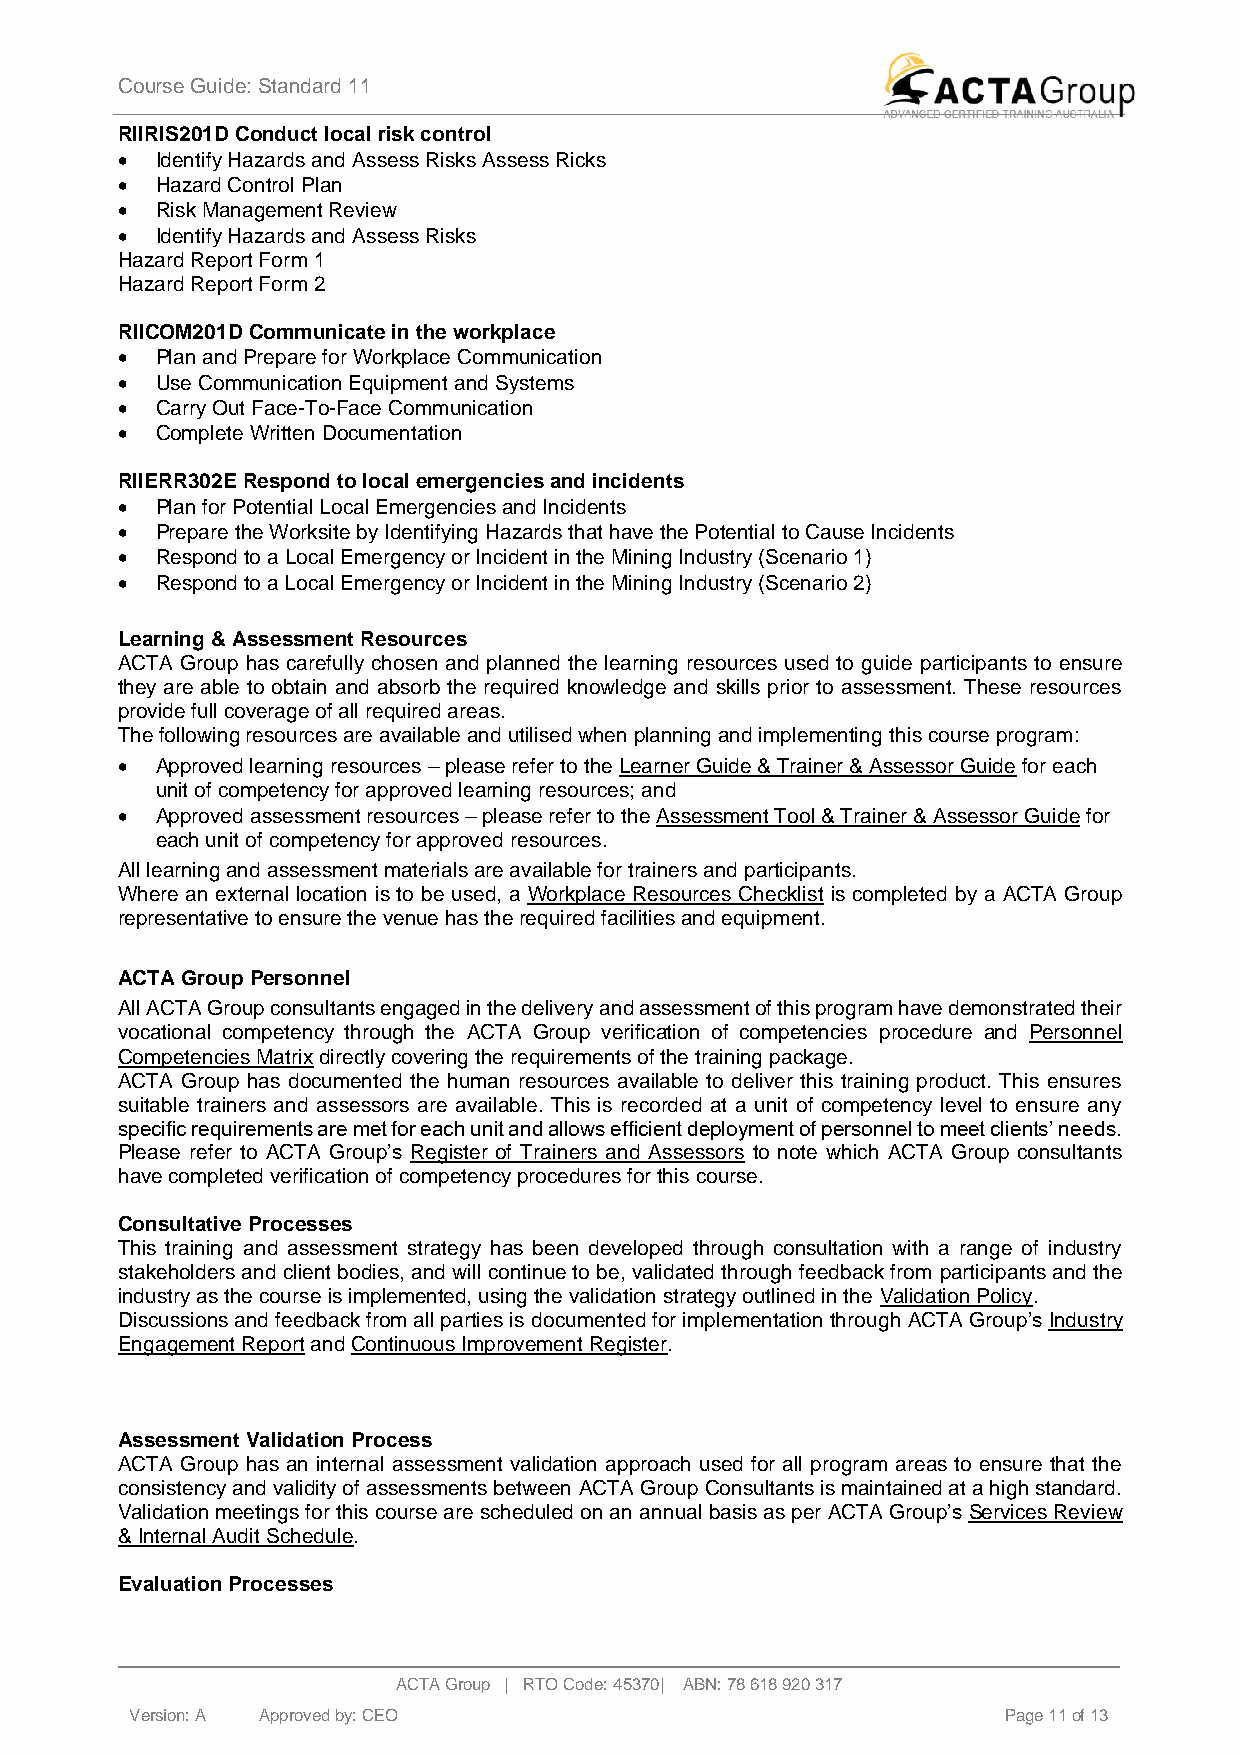
Course Guide: Standard 11
 RIIRIS201D Conduct local risk control
 • Identify Hazards and Assess Risks Assess Ricks
 • Hazard Control Plan
 • Risk Management Review
 • Identify Hazards and Assess Risks
 Hazard Report Form 1
 Hazard Report Form 2
 RIICOM201D Communicate in the workplace
 • Plan and Prepare for Workplace Communication
 • Use Communication Equipment and Systems
 • Carry Out Face-To-Face Communication
 • Complete Written Documentation
 RIIERR302E Respond to local emergencies and incidents
 • Plan for Potential Local Emergencies and Incidents
 • Prepare the Worksite by Identifying Hazards that have the Potential to Cause Incidents
 • Respond to a Local Emergency or Incident in the Mining Industry (Scenario 1)
 • Respond to a Local Emergency or Incident in the Mining Industry (Scenario 2)
 Learning & Assessment Resources
 ACTA Group has carefully chosen and planned the learning resources used to guide participants to ensure
 they are able to obtain and absorb the required knowledge and skills prior to assessment. These resources
 provide full coverage of all required areas.
 The following resources are available and utilised when planning and implementing this course program:
 • Approved learning resources – please refer to the Learner Guide & Trainer & Assessor Guide for each
 unit of competency for approved learning resources; and
 • Approved assessment resources – please refer to the Assessment Tool & Trainer & Assessor Guide for
 each unit of competency for approved resources.
 All learning and assessment materials are available for trainers and participants.
 Where an external location is to be used, a Workplace Resources Checklist is completed by a ACTA Group
 representative to ensure the venue has the required facilities and equipment.
 ACTA Group Personnel
 All ACTA Group consultants engaged in the delivery and assessment of this program have demonstrated their
 vocational competency through the ACTA Group verification of competencies procedure and Personnel
 Competencies Matrix directly covering the requirements of the training package.
 ACTA Group has documented the human resources available to deliver this training product. This ensures
 suitable trainers and assessors are available. This is recorded at a unit of competency level to ensure any
 specific requirements are met for each unit and allows efficient deployment of personnel to meet clients’ needs.
 Please refer to ACTA Group’s Register of Trainers and Assessors to note which ACTA Group consultants
 have completed verification of competency procedures for this course.
 Consultative Processes
 This training and assessment strategy has been developed through consultation with a range of industry
 stakeholders and client bodies, and will continue to be, validated through feedback from participants and the
 industry as the course is implemented, using the validation strategy outlined in the Validation Policy.
 Discussions and feedback from all parties is documented for implementation through ACTA Group’s Industry
 Engagement Report and Continuous Improvement Register.
 Assessment Validation Process
 ACTA Group has an internal assessment validation approach used for all program areas to ensure that the
 consistency and validity of assessments between ACTA Group Consultants is maintained at a high standard.
 Validation meetings for this course are scheduled on an annual basis as per ACTA Group’s Services Review
 & Internal Audit Schedule.
 Evaluation Processes
 ACTA Group | RTO Code: 45370| ABN: 78 618 920 317
 Version: A A p p roved by: CEO                           Page 11 of 13